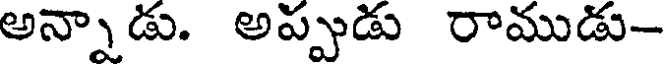
అన్నాడు. అప్పుడు రాముడు--